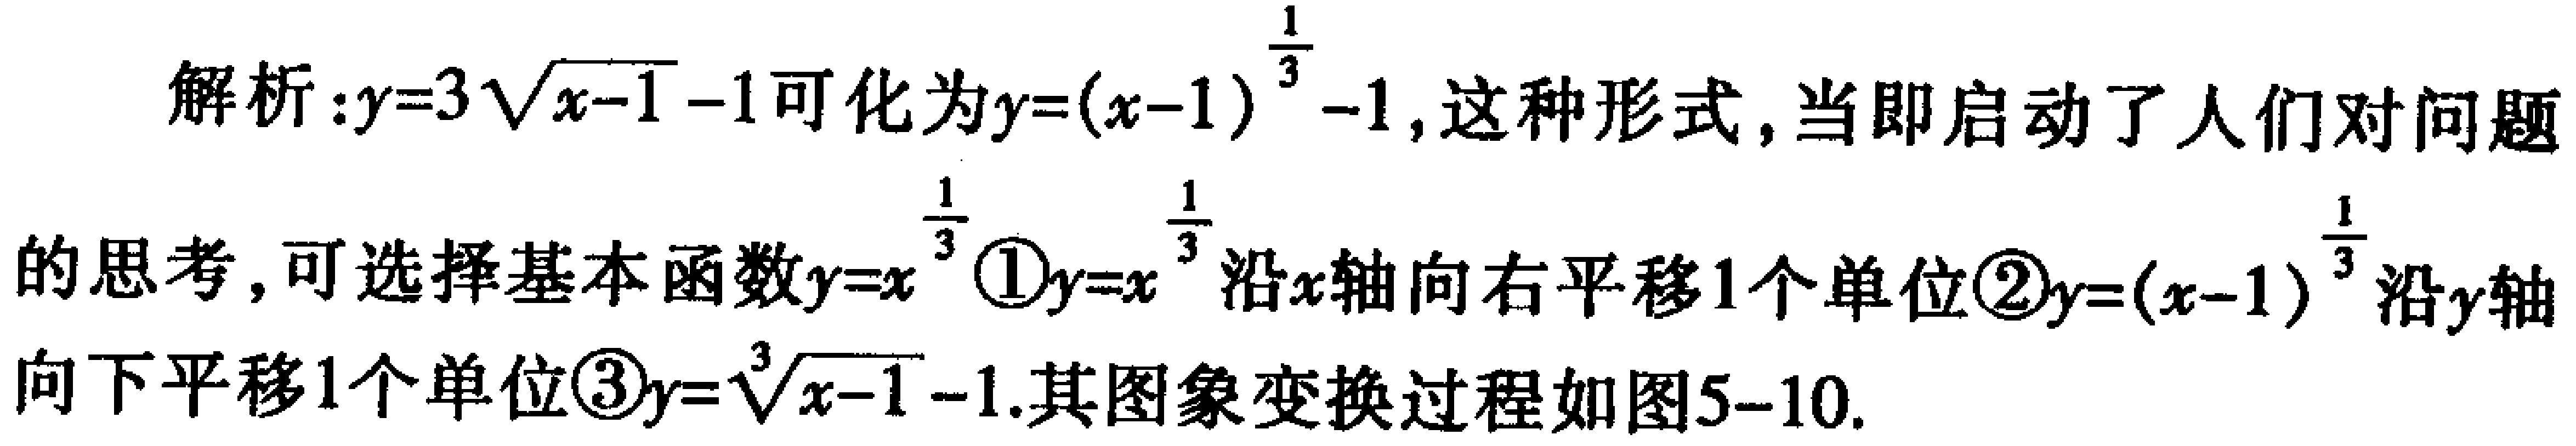
解析：\(y = 3\sqrt{x - 1}-1\)可化为\(y=(x - 1)^{\frac{1}{3}}-1\)，这种形式，当即启动了人们对问题的思考，可选择基本函数\(y = x^{\frac{1}{3}}\)\textcircled{1}\(y = x^{\frac{1}{3}}\)沿\(x\)轴向右平移\(1\)个单位\textcircled{2}\(y=(x - 1)^{\frac{1}{3}}\)沿\(y\)轴向下平移\(1\)个单位\textcircled{3}\(y=\sqrt[3]{x - 1}-1\).其图象变换过程如图5-10.